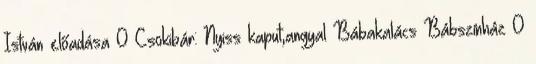
István előadása 0 Csokibár: Nyiss kaput,angyal Bábakalács Bábszínház 0